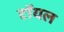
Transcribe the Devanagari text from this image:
टॉयल